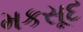
મકસૂદ